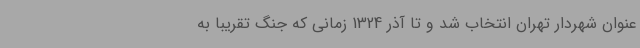
‌عنوان شهردار تهران انتخاب شد و تا آذر 1324 زمانی که جنگ تقریبا به